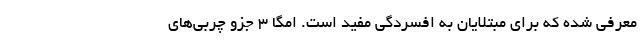
معرفی شده که برای مبتلایان به افسردگی مفید است. امگا ۳ جزو چربی‌های